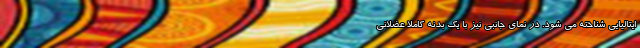
ایتالیایی شناخته می شود. در نمای جانبی نیز با یک بدنه کاملا عضلانی